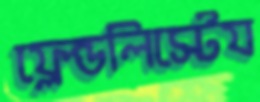
ফ্রেন্ডলিস্টেয